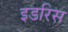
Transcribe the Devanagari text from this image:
इडरिस